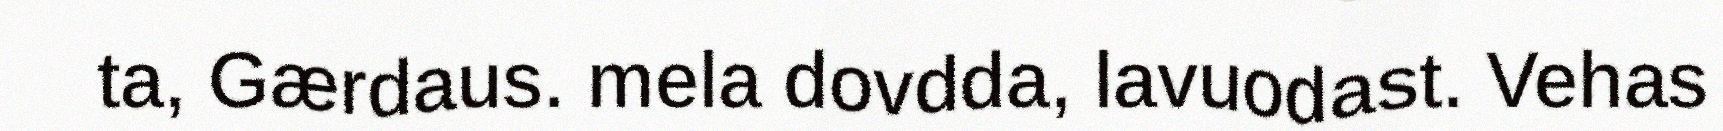
ta, Gærdaus. mela dovdda, lavuodast. Vehas